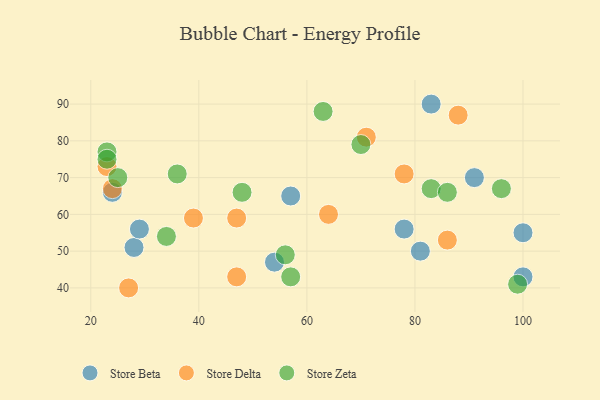
{"axis": {"x": "GDP", "y": "Life Expectancy"}, "legend": ["Store Beta", "Store Delta", "Store Zeta"], "data": [{"x": "57", "y": 65, "type": "Store Beta"}, {"x": "100", "y": 43, "type": "Store Beta"}, {"x": "81", "y": 50, "type": "Store Beta"}, {"x": "54", "y": 47, "type": "Store Beta"}, {"x": "28", "y": 51, "type": "Store Beta"}, {"x": "83", "y": 90, "type": "Store Beta"}, {"x": "78", "y": 56, "type": "Store Beta"}, {"x": "91", "y": 70, "type": "Store Beta"}, {"x": "29", "y": 56, "type": "Store Beta"}, {"x": "24", "y": 66, "type": "Store Beta"}, {"x": "100", "y": 55, "type": "Store Beta"}, {"x": "47", "y": 59, "type": "Store Delta"}, {"x": "27", "y": 40, "type": "Store Delta"}, {"x": "88", "y": 87, "type": "Store Delta"}, {"x": "64", "y": 60, "type": "Store Delta"}, {"x": "24", "y": 67, "type": "Store Delta"}, {"x": "71", "y": 81, "type": "Store Delta"}, {"x": "23", "y": 73, "type": "Store Delta"}, {"x": "78", "y": 71, "type": "Store Delta"}, {"x": "86", "y": 53, "type": "Store Delta"}, {"x": "39", "y": 59, "type": "Store Delta"}, {"x": "47", "y": 43, "type": "Store Delta"}, {"x": "34", "y": 54, "type": "Store Zeta"}, {"x": "48", "y": 66, "type": "Store Zeta"}, {"x": "83", "y": 67, "type": "Store Zeta"}, {"x": "56", "y": 49, "type": "Store Zeta"}, {"x": "70", "y": 79, "type": "Store Zeta"}, {"x": "99", "y": 41, "type": "Store Zeta"}, {"x": "23", "y": 77, "type": "Store Zeta"}, {"x": "25", "y": 70, "type": "Store Zeta"}, {"x": "86", "y": 66, "type": "Store Zeta"}, {"x": "96", "y": 67, "type": "Store Zeta"}, {"x": "57", "y": 43, "type": "Store Zeta"}, {"x": "36", "y": 71, "type": "Store Zeta"}, {"x": "23", "y": 75, "type": "Store Zeta"}, {"x": "63", "y": 88, "type": "Store Zeta"}]}